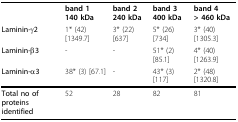
<table><thead><tr><td></td><td><b>band 1140 kDa</b></td><td><b>band 2240 kDa</b></td><td><b>band 3400 kDa</b></td><td><b>band 4&gt; 460 kDa</b></td></tr><tr><td><b>Laminin-γ2</b></td><td><b>1* (42) [1349.7]</b></td><td><b>3* (22) [637]</b></td><td><b>5* (26) [734]</b></td><td><b>3* (40) [1305.3]</b></td></tr><tr><td><b>Laminin-β3</b></td><td><b>-</b></td><td><b>-</b></td><td><b>51* (2) [85.1]</b></td><td><b>4* (40) [1263.9]</b></td></tr><tr><td><b>Laminin-α3</b></td><td><b>38* (3) [67.1]</b></td><td><b>-</b></td><td><b>43* (3) [117]</b></td><td><b>2* (48) [1320.8]</b></td></tr></thead><tbody><tr><td><b>Total no of proteins</b><b>identified</b></td><td>52</td><td>28</td><td>82</td><td>81</td></tr></tbody></table>